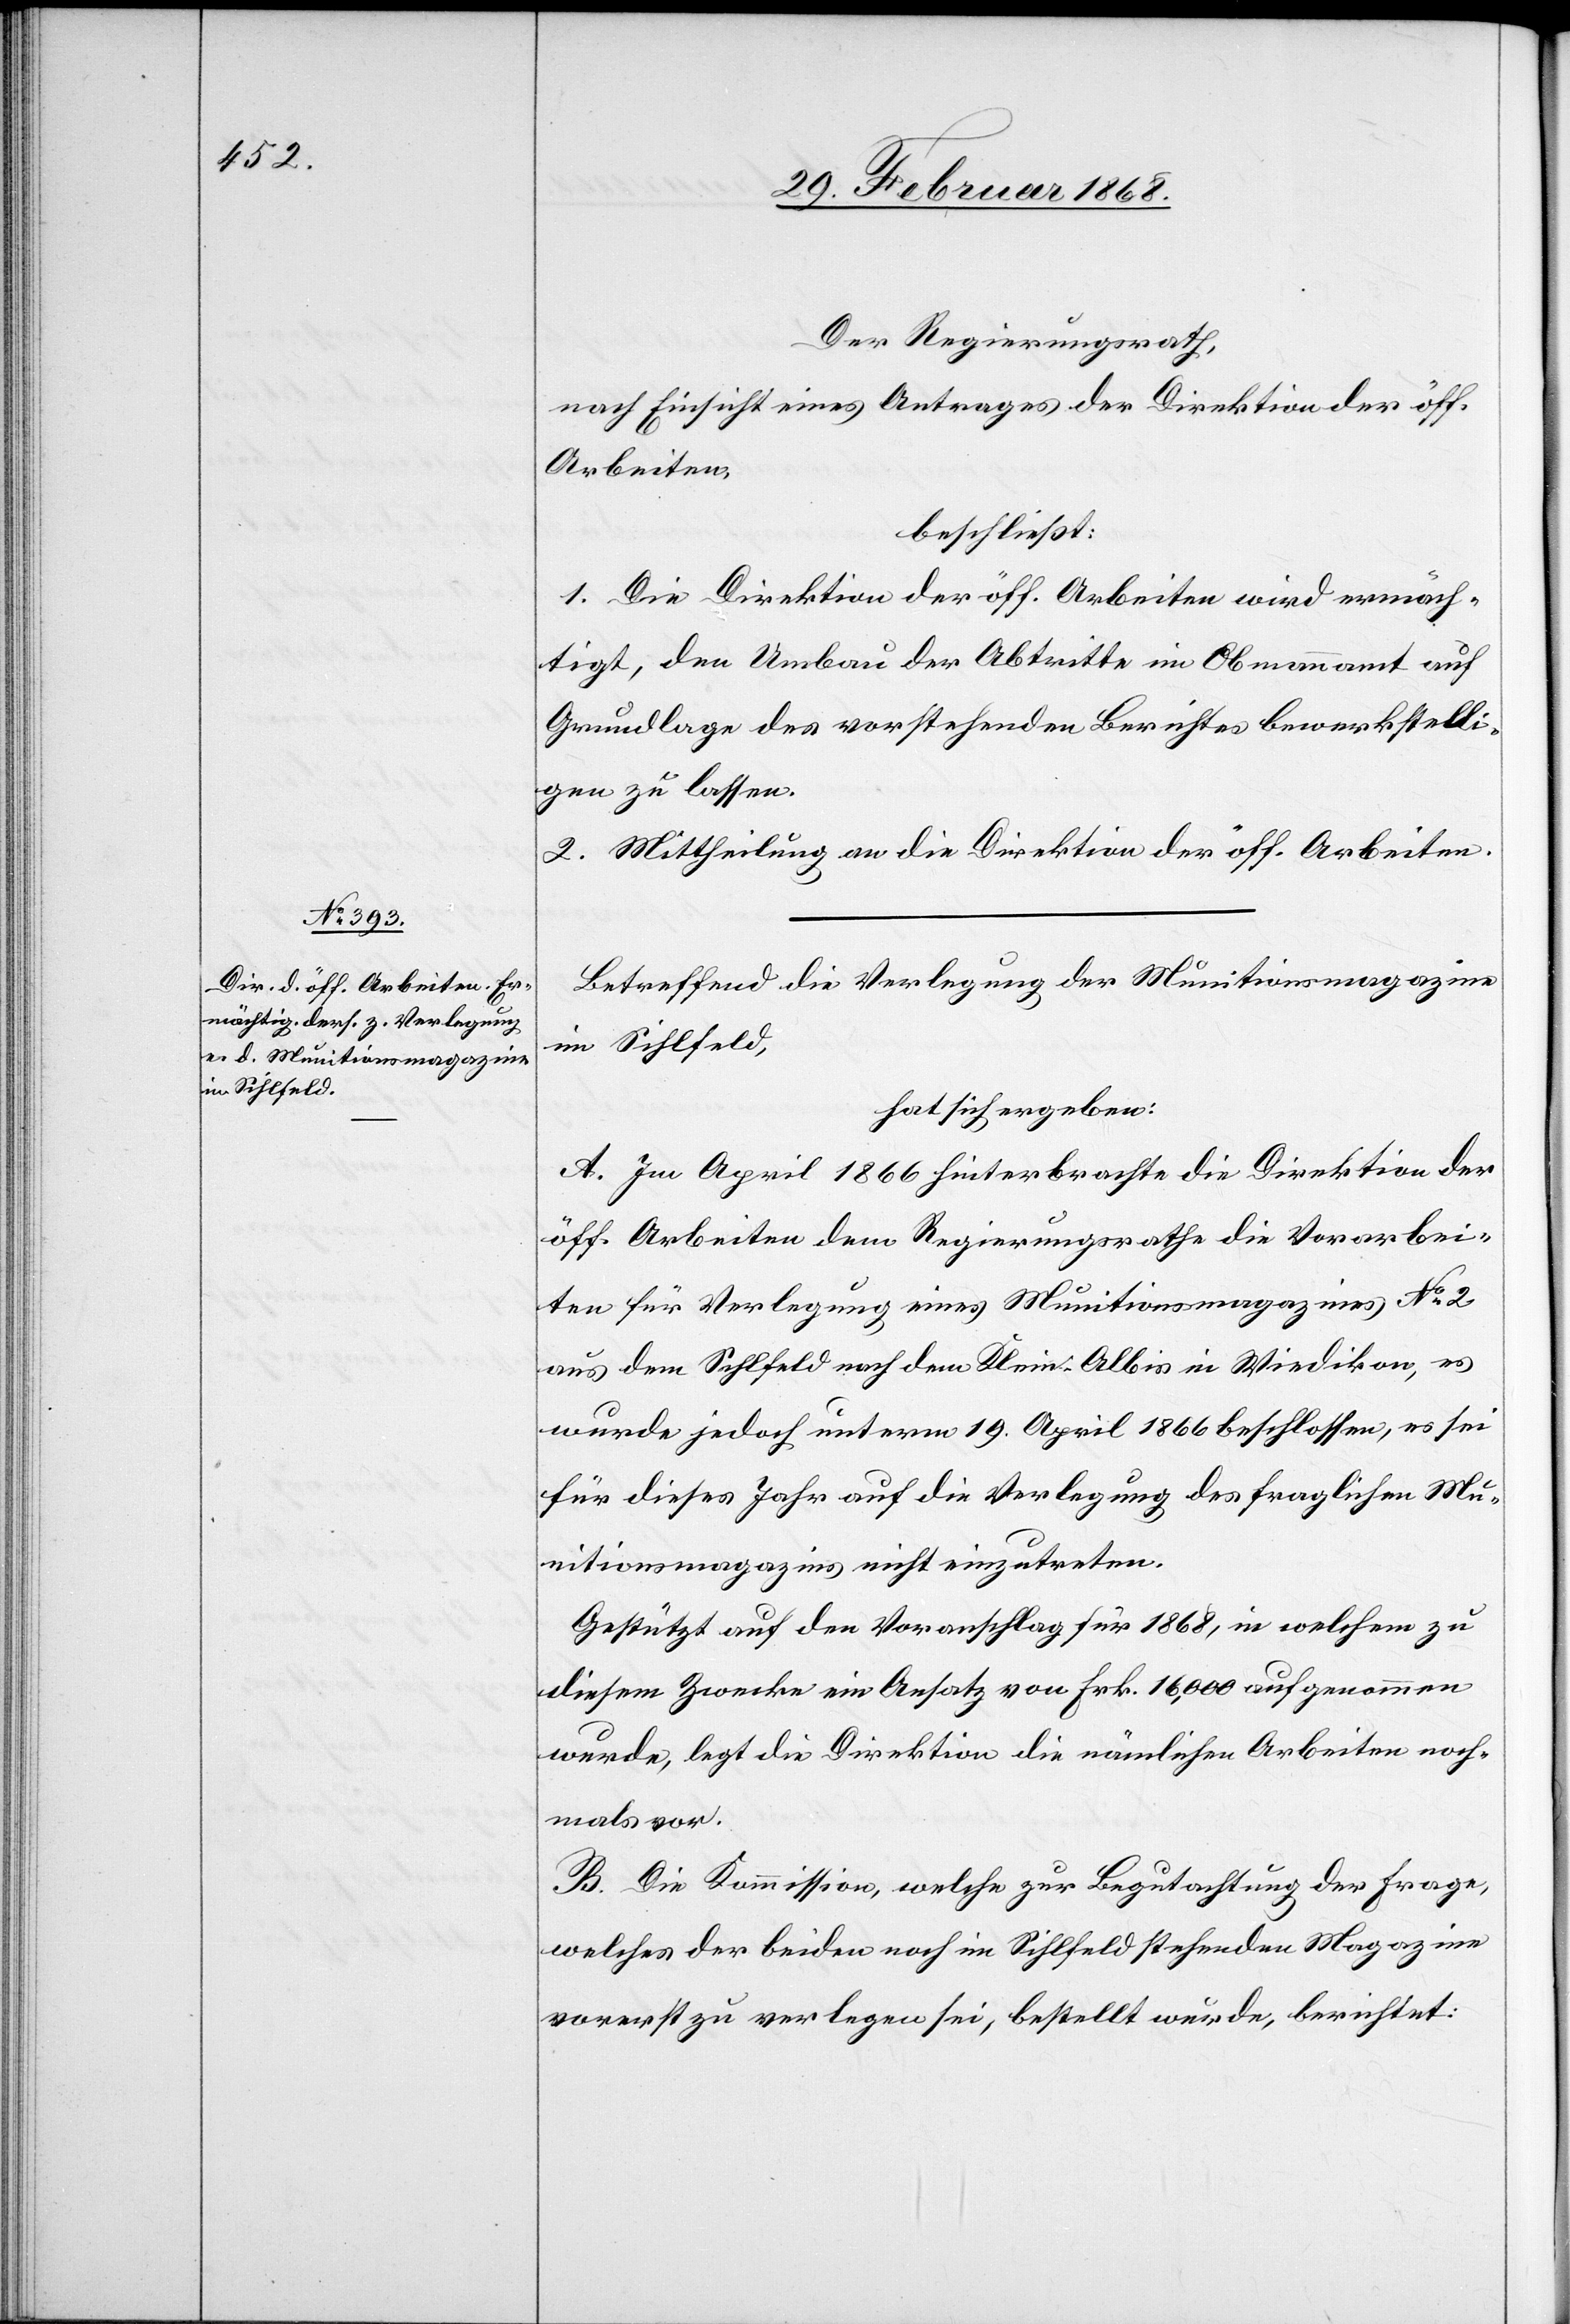
Der Regierungsrath,
nach Einsicht eines Antrages der Direktion der öff.
Arbeiten,
beschließt:
1. Die Direktion der öff. Arbeiten wird ermäch¬
tigt, den Umbau der Abtritte im Obmannamt auf
Grundlage des vorstehenden Berichtes bewerkstelli¬
gen zu lassen.
2. Mittheilung an die Direktion der öff. Arbeiten.
Betreffend die Verlegung der Munitionsmagazine
im Sihlfeld,
hat sich ergeben:
A. Im April 1866 hinterbrachte die Direktion der
öff. Arbeiten dem Regierungsrathe die Vorarbei¬
ten für Verlegung eines Munitionsmagazines No. 2
aus dem Sihlfeld nach dem Klein-Albis in Wiedikon, es
wurde jedoch unterm 19. April 1866 beschlossen, es sei
für dieses Jahr auf die Verlegung des fraglichen Mu¬
nitionsmagazins nicht einzutreten.
Gestützt auf den Voranschlag für 1868, in welchem zu
diesem Zwecke ein Ansatz von Frk. 16,000 aufgenommen
wurde, legt die Direktion die nämlichen Arbeiten noch¬
mals vor.
B. Die Kommission, welche zur Begutachtung der Frage,
welches der beiden noch im Sihlfeld stehenden Magazine
vorerst zu verlegen sei, bestellt wurde, berichtet: